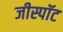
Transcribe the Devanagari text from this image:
जीस्पॉट